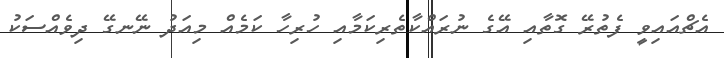
އެޗްއައިވީ ފެތުރޭ ގޮތާއި އޭގެ ނުރައްކާތެރިކަމާއި ހުރިހާ ކަމެއް މިއަދު ނޭނގޭ ދިވެއްސަކު